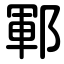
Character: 鄆